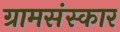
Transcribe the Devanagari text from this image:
ग्रामसंस्कार